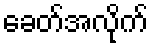
ခေတ်အလိုက်